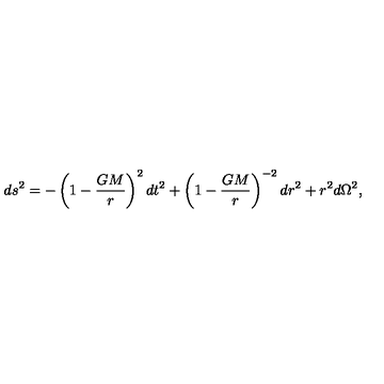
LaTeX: d s ^ { 2 } = - \left( 1 - \frac { G M } { r } \right) ^ { 2 } d t ^ { 2 } + \left( 1 - \frac { G M } { r } \right) ^ { - 2 } d r ^ { 2 } + r ^ { 2 } d \Omega ^ { 2 } ,